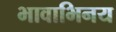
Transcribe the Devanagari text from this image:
भावाभिनय